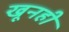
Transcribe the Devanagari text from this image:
खूनही